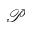
\mathcal { P }